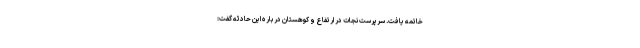
خاتمه یافت. سرپرست نجات در ارتفاع و کوهستان در باره این حادثه گفت: